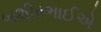
બશીરભાઈએ